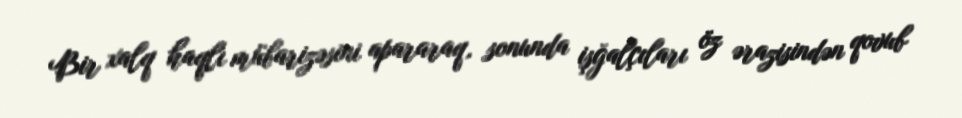
Bir xalq haqlı mübarizəsini apararaq, sonunda işğalçıları öz ərazisindən qovub